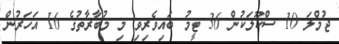
ޖުމްލަ 10 ސްކޫލަކުން 36 ޓީމު ބައިވެރިވި މި މުބާރާތުގެ 16 އަހަރުން